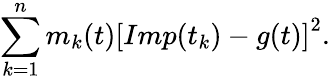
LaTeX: \sum_{k=1}^{n}m_{k}(t)\left[Imp(t_{k})-g(t)\right]^{2}.